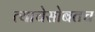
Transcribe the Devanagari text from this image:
त्याचेसोबतच